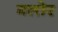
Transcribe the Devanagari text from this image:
गलोर